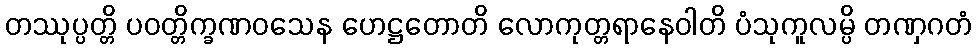
တဿုပ္ပတ္တိ ပဝတ္တိက္ခဏဝသေန ဟေဋ္ဌတောတိ လောကုတ္တရာနေဝါတိ ပံသုကူလမ္ပိ တဏှဂတံ